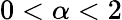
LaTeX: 0<\alpha<2